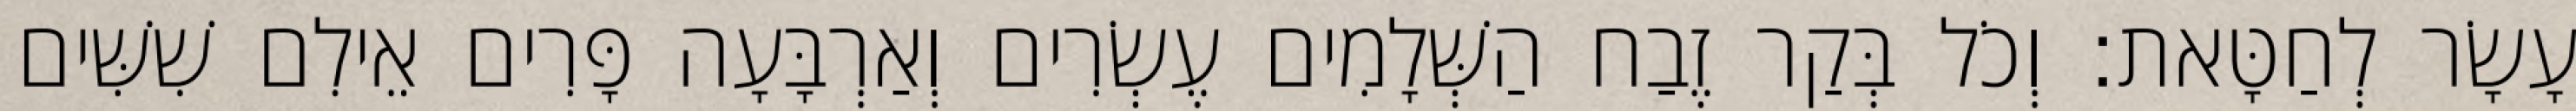
עָשָׂר לְחַטָּאת׃ וְכֹל בְּקַר זֶבַח הַשְּׁלָמִים עֶשְׂרִים וְאַרְבָּעָה פָּרִים אֵילִם שִׁשִּׁים